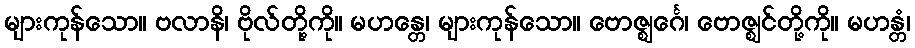
များကုန်သော။ ဗလာနိ၊ ဗိုလ်တို့ကို။ မဟန္တေ၊ များကုန်သော။ ဗောဇ္ဈင်္ဂေ၊ ဗောဇ္ဈင်တို့ကို။ မဟန္တံ၊